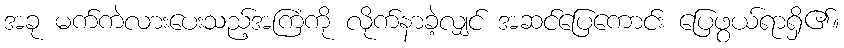
အခု မက်ကဲလားပေးသည့်အကြံကို လိုက်နာခဲ့လျှင် အဆင်ပြေကောင်း ပြေဖွယ်ရာရှိ၏။